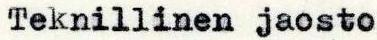
Teknillinen jaosto